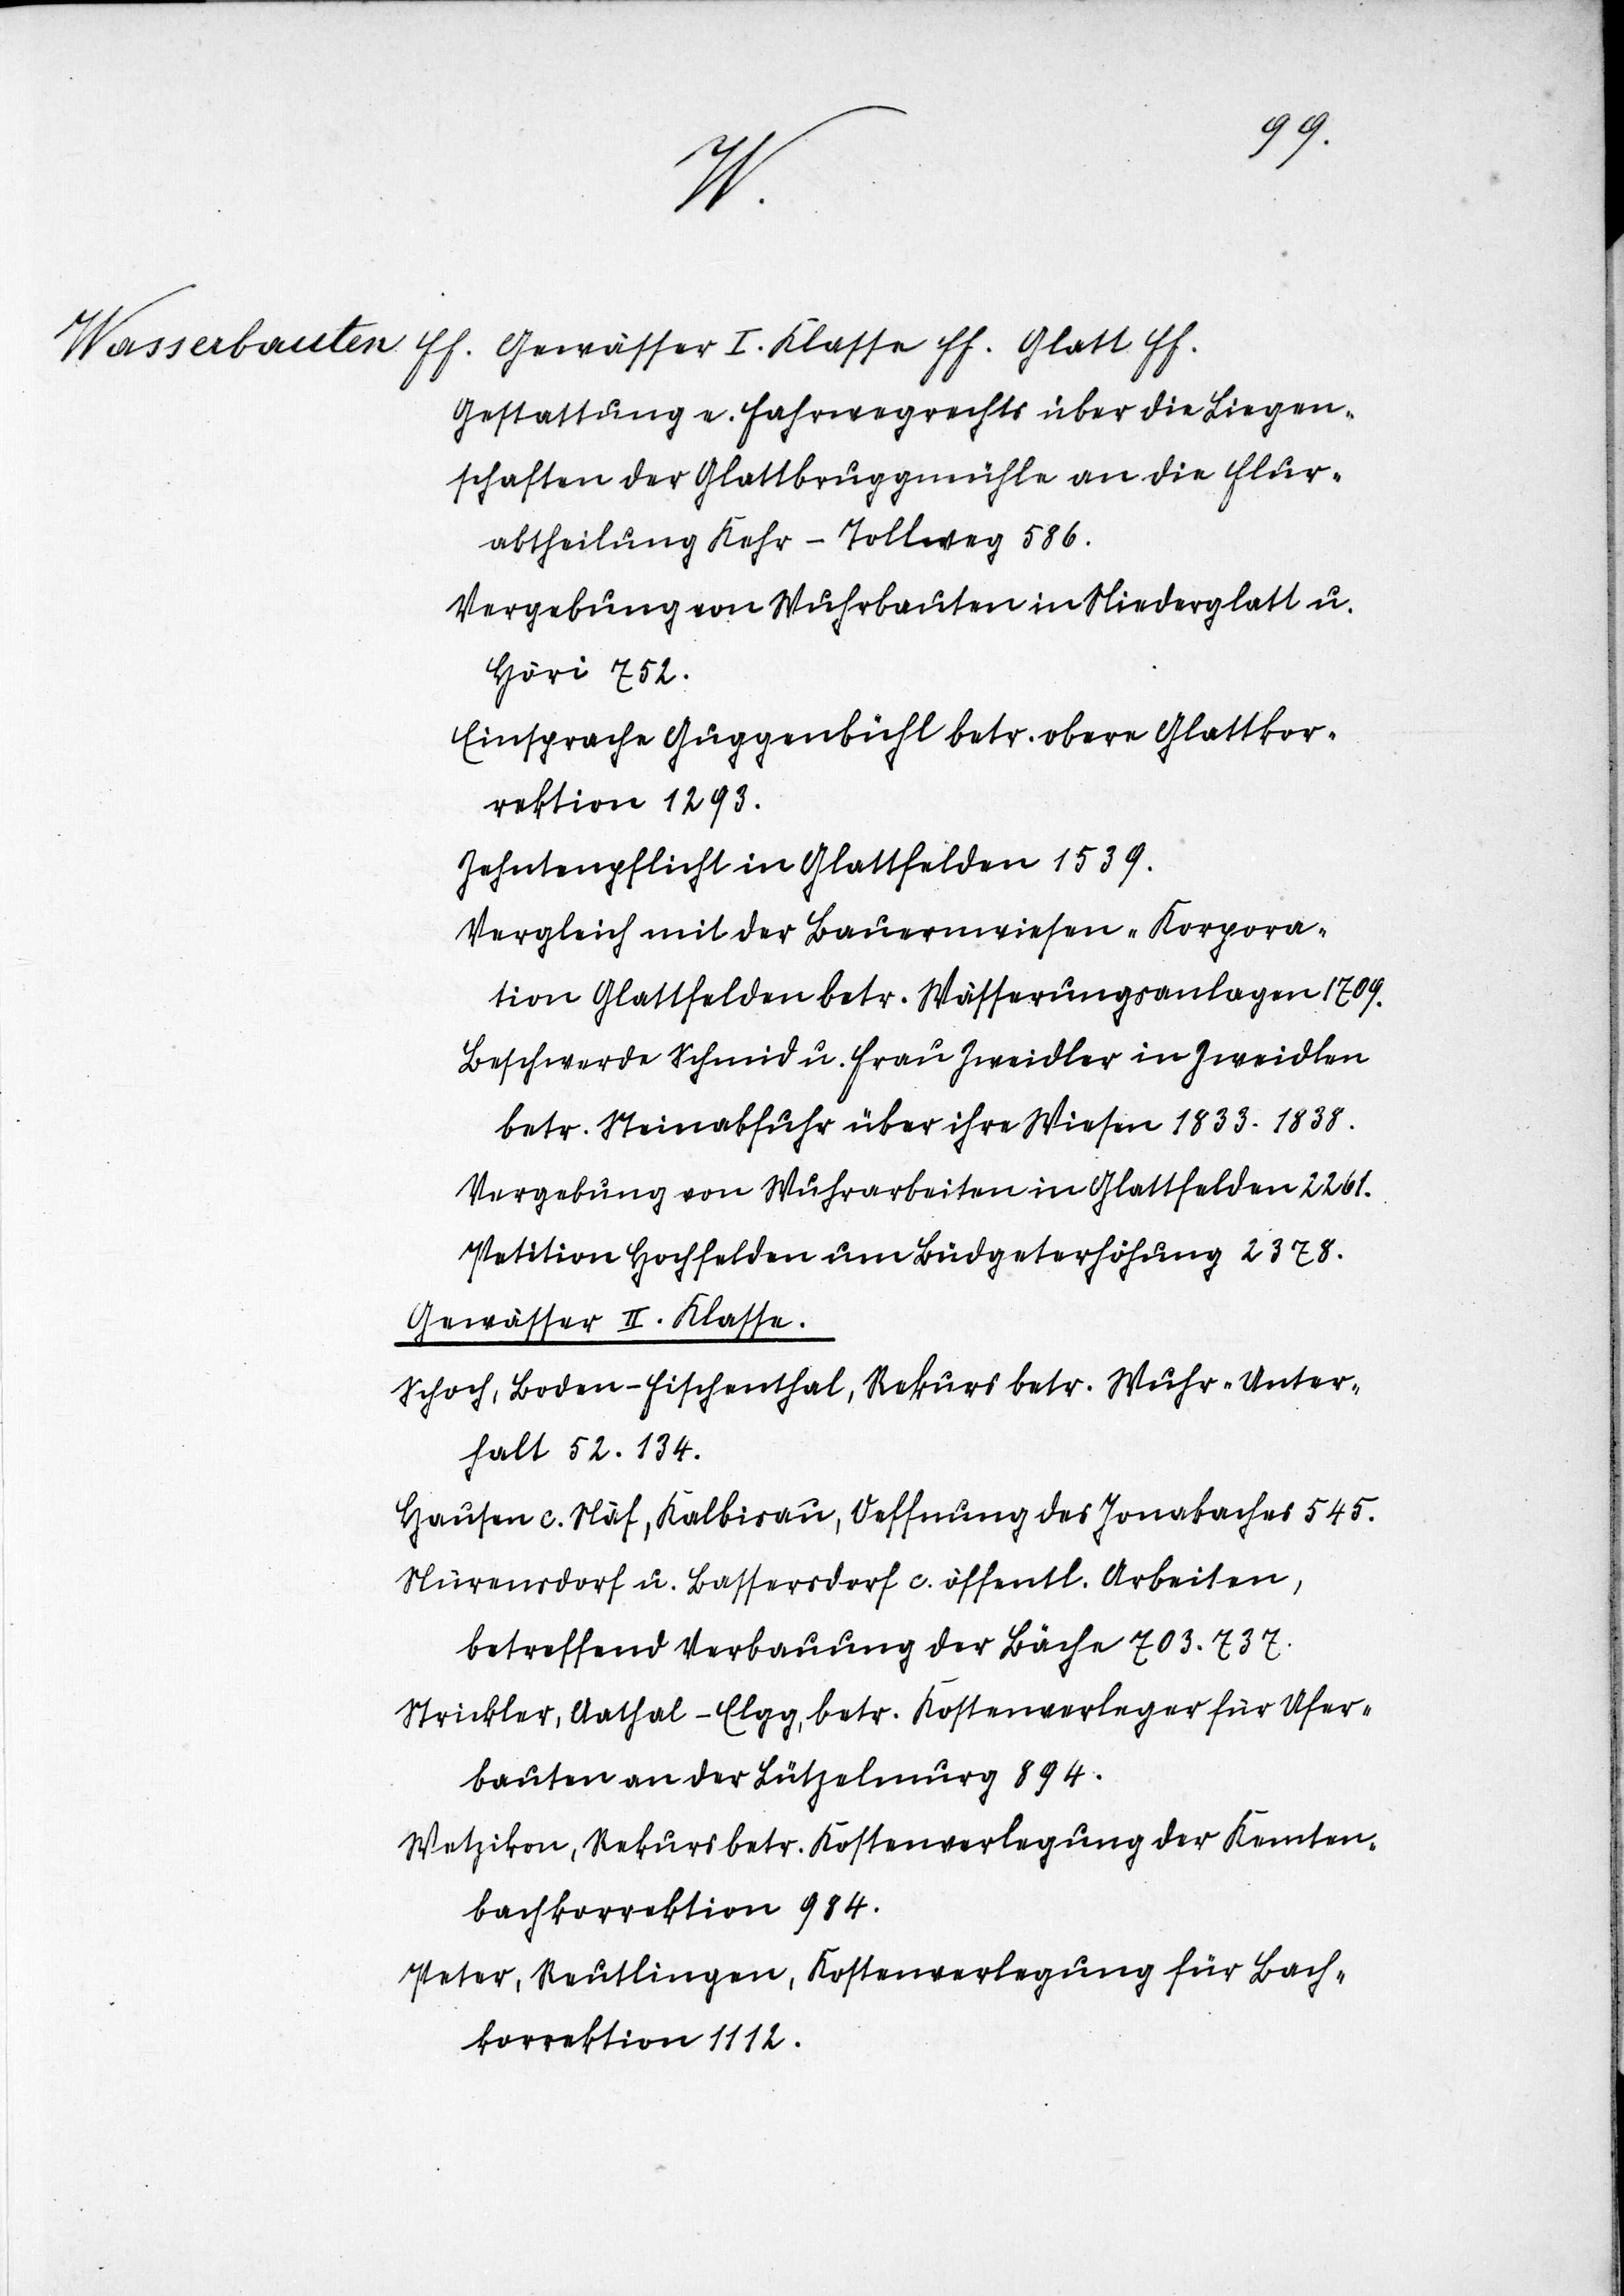
31.
d.